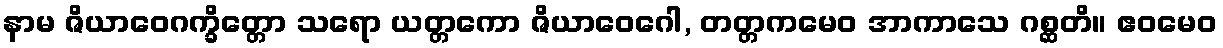
နာမ ဇိယာဝေဂက္ခိတ္တော သရော ယတ္တကော ဇိယာဝေဂေါ, တတ္တကမေဝ အာကာသေ ဂစ္ဆတိ။ ဧဝမေဝ